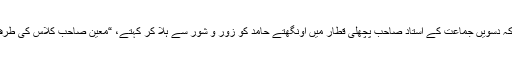
اکثر ایسا ہوتا کہ دسویں جماعت کے استاد صاحب پچھلی قطار میں اونگھتے حامد کو زور و شور سے ہلا کر کہتے، “معین صاحب کلاس کی طرف جارہے ہیں۔